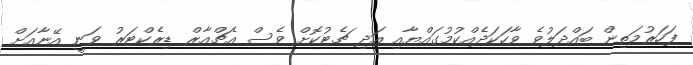
ފަހަރުމަތިން ބައްދަލުވެ ވާހަކަދެއްކުމުގައްޔާއި އަދި ޗެޓުކޮށް ވެސް އެޗްއާރް ޑިރެކްޓަރު ވަނީ އޭނާއަށް